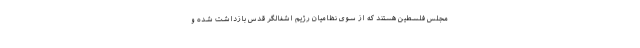
مجلس فلسطین هستند که از سوی نظامیان رژیم اشغالگر قدس بازداشت شده و